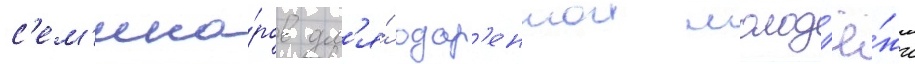
с'ем'ина́ров дл'я́ одар'еннои молод'ё́жи